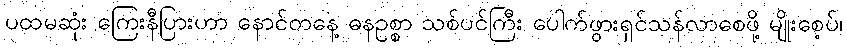
ပထမဆုံး ကြေးနီပြားဟာ နောင်တနေ့ ဓနဥစ္စာ သစ်ပင်ကြီး ပေါက်ဖွားရှင်သန်လာစေဖို့ မျိုးစေ့ပ်၊